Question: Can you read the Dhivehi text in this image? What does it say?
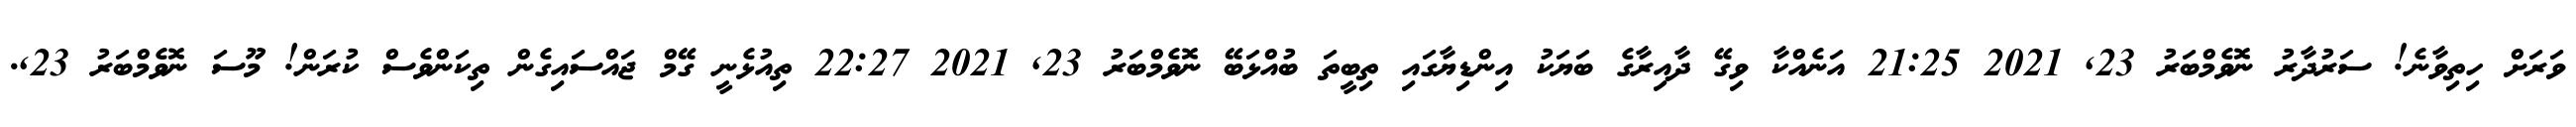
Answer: ވަރަށް ހިތިވާނެ! ސަރުދާރު ނޮވެމްބަރު 23, 2021 21:25 އަނެއްކާ ވިގޭ ދާއިރާގެ ބަޔަކު އިންޑިޔާގައި ތިބީތަ ބުއްޅަބޭ ނޮވެމްބަރު 23, 2021 22:27 ތިއުޅެނީ ގޭމް ޖައްސައިގެން ތިކަންވެސް ކުރަން! މޫސަ ނޮވެމްބަރު 23,.